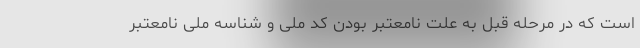
است که در مرحله قبل به علت نامعتبر بودن کد ملی و شناسه ملی نامعتبر